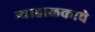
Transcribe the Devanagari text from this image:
न्याहाळकाचे